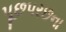
પૂછપરછના